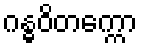
ဂန္ဓဝိတက္ကော